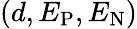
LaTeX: (d,E_{\mathrm{P}},E_{\mathrm{N}})